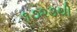
૧૭૨૩થી